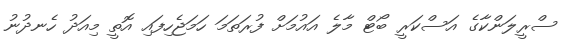
ސްރީލަންކާގެ އަަސްކަރީ ބޯޓް މާލެ އައުމަށް ފުރަތަމަ ހަމަޖެހިފައި އޮތީ މިއަދު ހެނދުނު